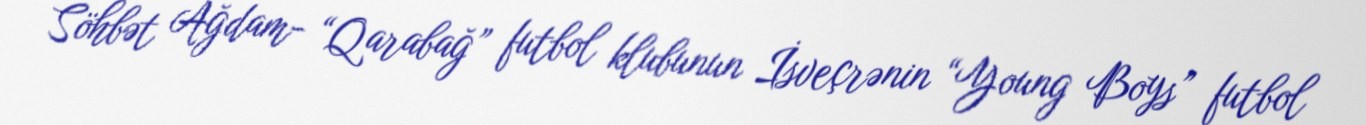
Söhbət Ağdam- “Qarabağ” futbol klubunun İsveçrənin “Young Boys” futbol